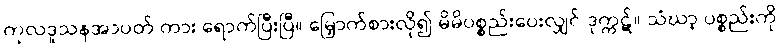
ကုလဒူသနအာပတ် ကား ရောက်ပြီးပြီ။ မြှောက်စားလို၍ မိမိပစ္စည်းပေးလျှင် ဒုက္ကဋ်။ သံဃာ့ ပစ္စည်းကို